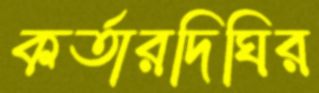
কর্তারদিঘির